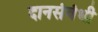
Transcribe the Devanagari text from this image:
दानसंबंधी